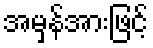
အမှန်အားဖြင့်